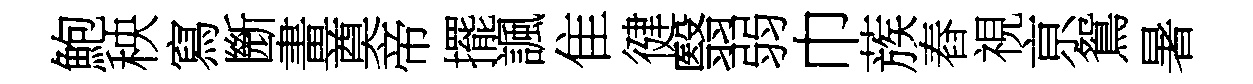
鮑秧寫㫁畫奠帝擺諷隹徤翳弱巾蔟舂視亰鴛暑